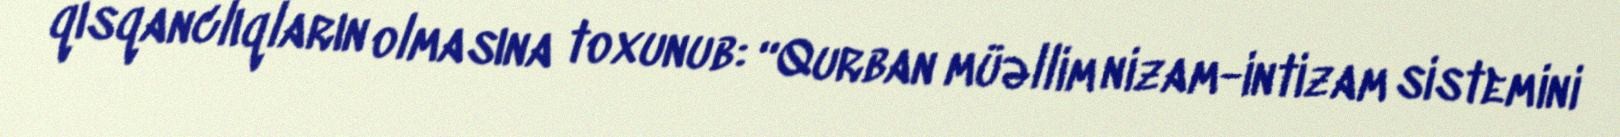
qısqanclıqların olmasına toxunub: “Qurban müəllim nizam-intizam sistemini